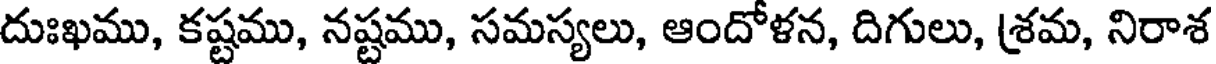
దుఃఖము, కష్టము, నష్టము, సమస్యలు, ఆందోళన, దిగులు, శ్రమ, నిరాశ